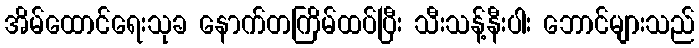
အိမ်ထောင်ရေးသုခ နောက်တကြိမ်ထပ်ပြီး သီးသန့်နီးပါး ဘောင်များသည်